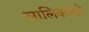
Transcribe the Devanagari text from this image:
सालिकोको